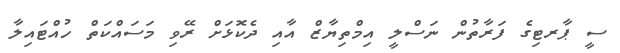
ސީ ޕާރޓިގެ ފަރާތުން ނަސްލީ އިމްތިޔާޒް އާއި ދެކޮޅަށް ރޭވި މަސައްކަތް ހުއްޓައިލާ